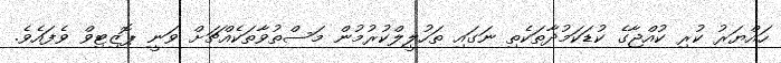
ހައްޔަރު ކުރި ކުއްޖާގެ ކުޑަކަމުދާތަކެތި ނަގައި ތަހުލީލްކުރުމުުން މަސްތުވާތަކެއްޗަށް ވަނީ ޕޮޒިޓިވް ވެފައެވެ.